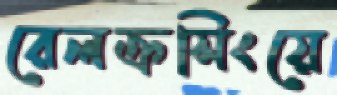
রেলক্রসিংয়ে